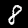
Digit: 8